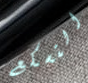
التسكع